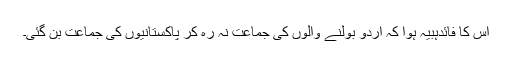
اس کا فائدہبیہ ہوا کہ اردو بولنے والوں کی جماعت نہ رہ کر پاکستانیوں کی جماعت بن گئی۔